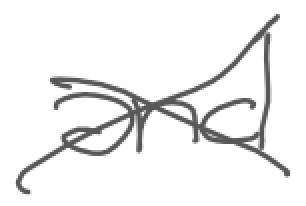
Text: and
Cross-out: cross
Writing tool: digital_gray